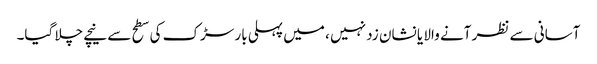
آسانی سے نظر آنے والا یا نشان زد نہیں ، میں پہلی بار سڑک کی سطح سے نیچے چلا گیا۔